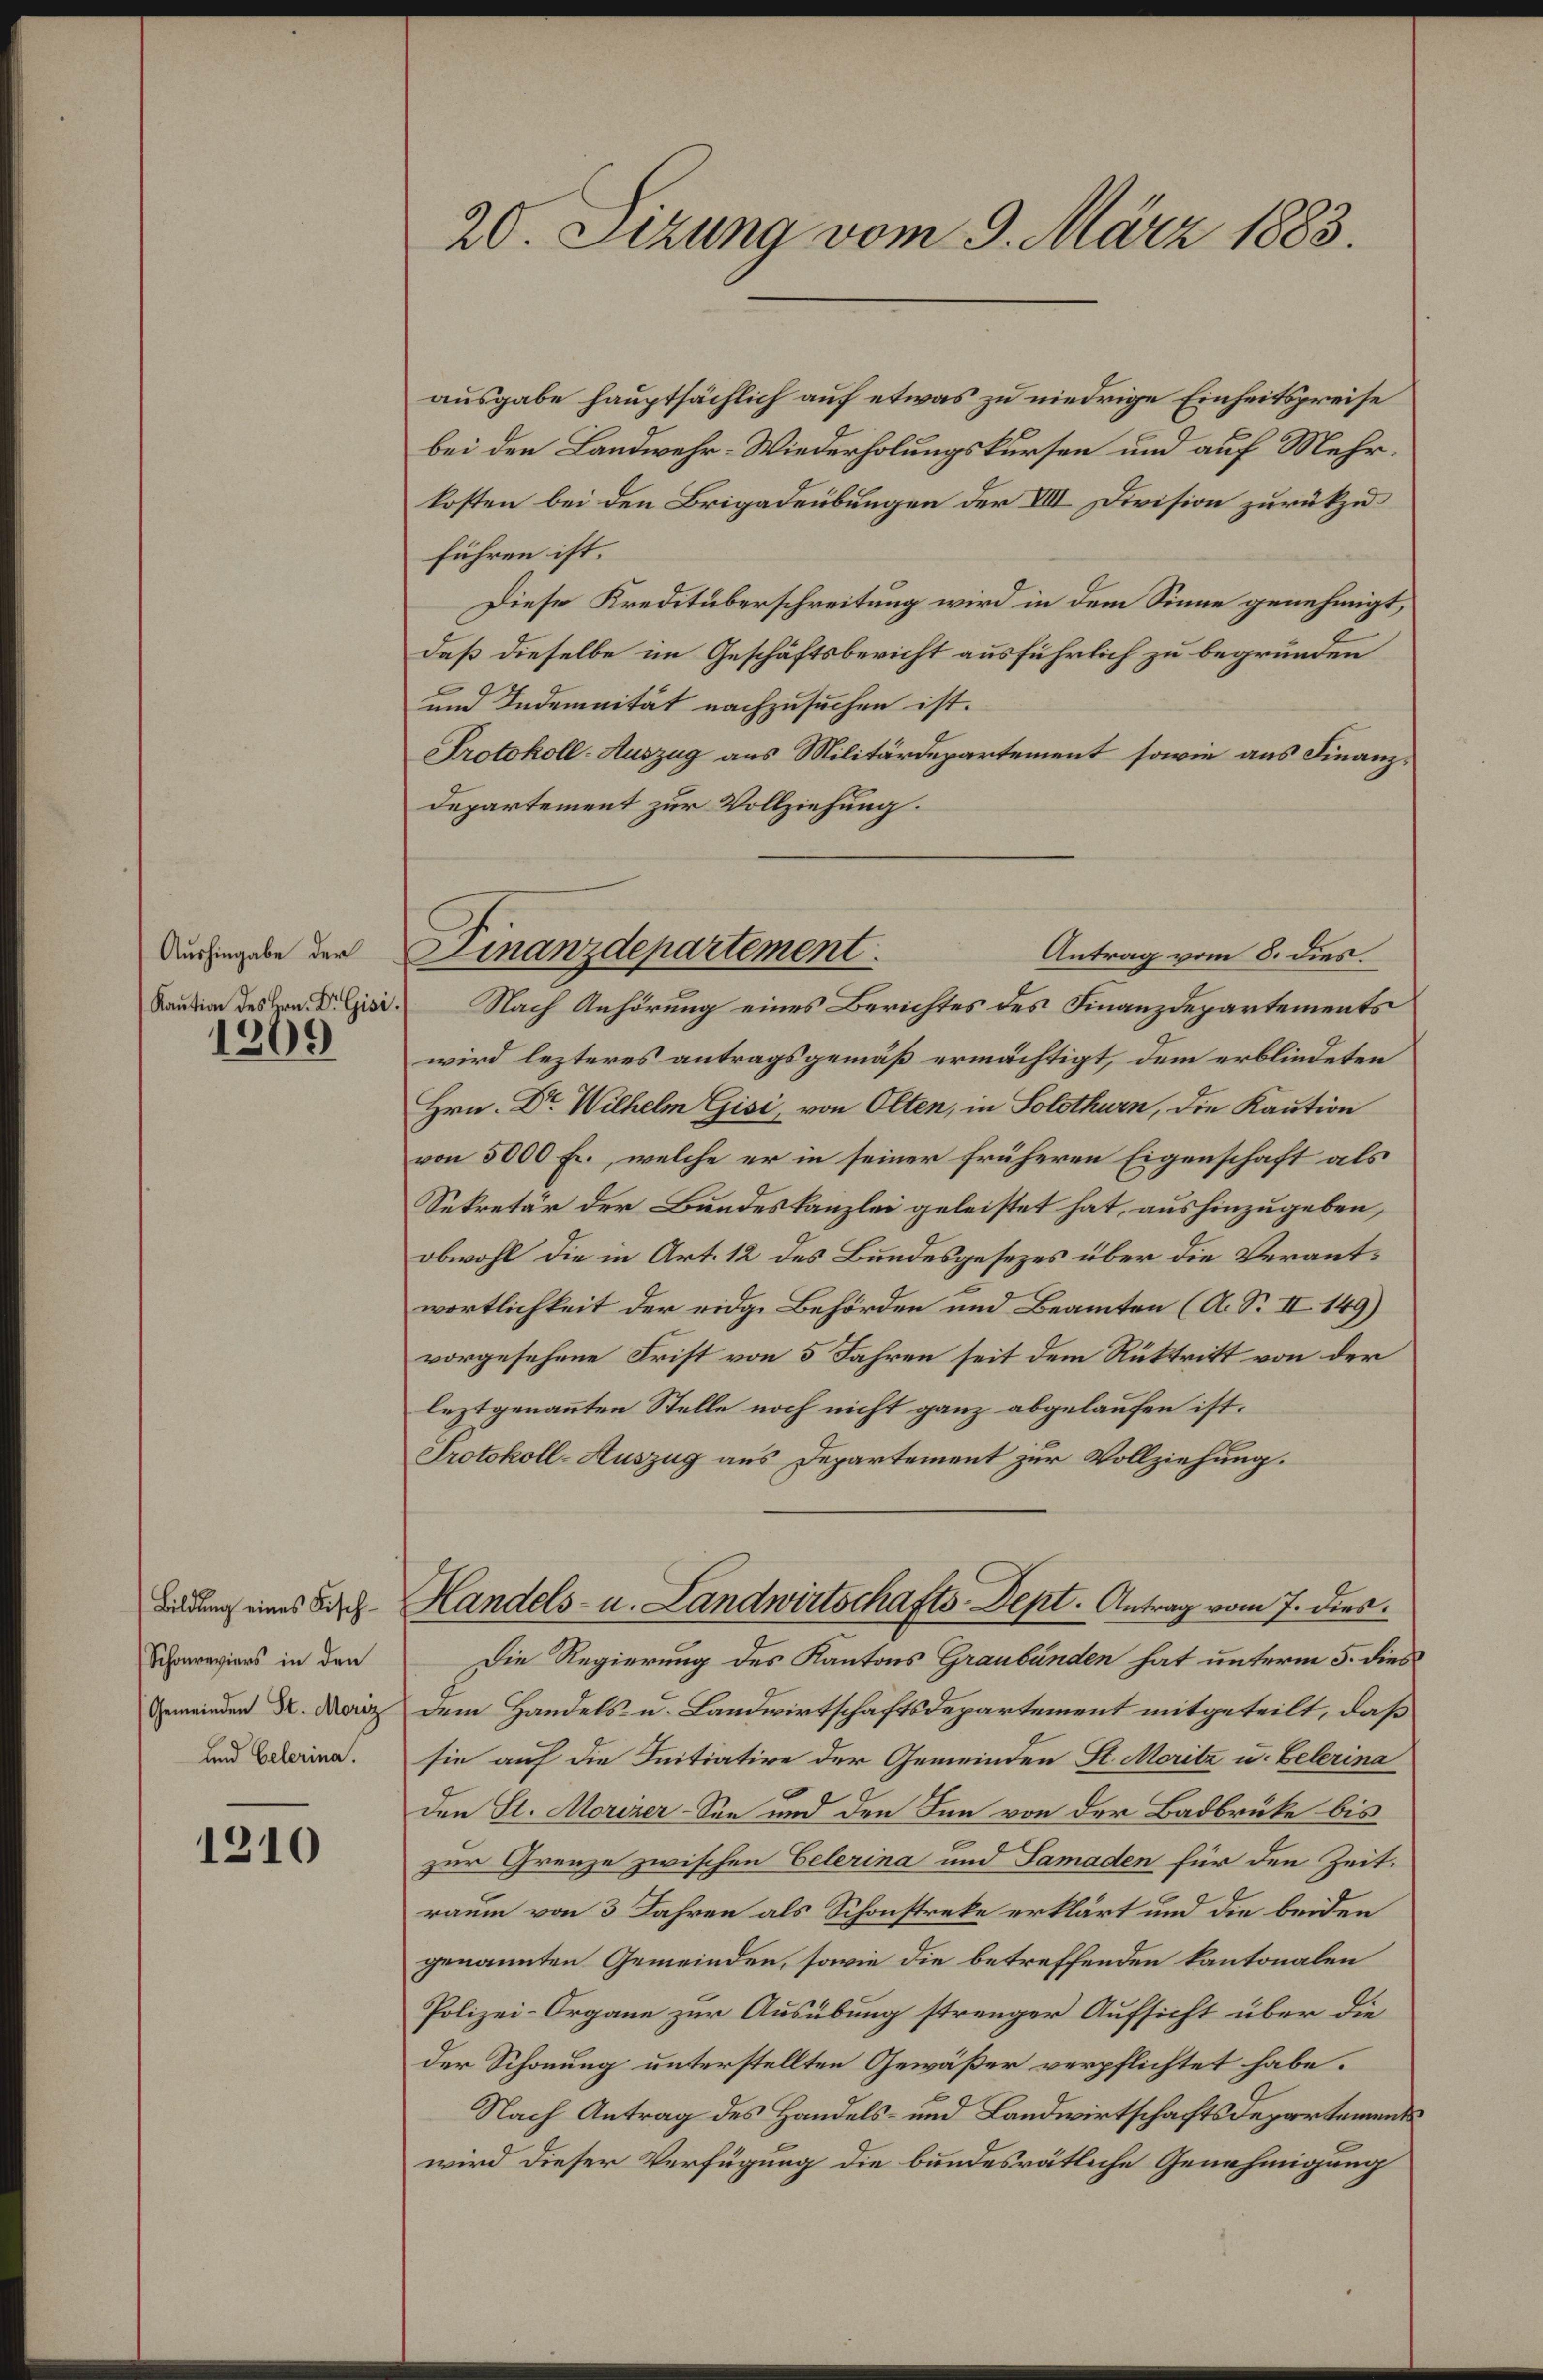
Aushingabe der

1209

Bildung eines Fisch¬
Schonreviers in den
(Gemeinden St. Moriz
und Gelerina.

1210

20. Sezung vom 9. März 1883.

ausgabe hauptsächlich auf etwas zu niedrige Einheitspreise
bei den Landwehr- Wiederholungskursen und auf Mehrkosten bei den Brigadeübungen der VIII. Division zurückzuführen ist.
Diese Kreditüberschreitung wird in dem Sinne genehmigt,
daß dieselbe im Geschäftsbericht ausführlich zu begründen
und Indemnität nachzusuchen ist.
Protokoll-Auszug aus Militärdepartement sowie aus Finanz¬
Departement zur Vollziehung.
Antrag vom 8. dies.
Kaution des Hrn. Dr. Gisi Nach Anhörung eines Berichtes des Finanzdepartements
wird lezteres antragsgemäß ermächtigt, dem erblindeten
Hrn. Dr. Wilhelm Gisi, von Olten, in Solothurn, die Kaution
von 5000 fl., welche er in seiner früheren Eigenschaft als
Sekretär der Bundeskanzlei geleistet hat, aushinzugeben,
obwohl die in Art. 12 des Bundesgesezes über die Verantwortlichkeit der eidge Behörden und Beamten (A. S. II 149)
vorgesehene Frist von 5 Jahren seit dem Rücktritt von der
leztgenannten Stelle noch nicht ganz abgelaufen ist.
Protokoll-Auszug aus Departement zur Vollziehung.
Handels- u. Landwirtschafts-Dept. Antrag vom 7. dies
Die Regierung des Kantons Graubünden hat unterm 5. dies
Dem Handels- u. Landwirtschaftsdepartement mitgeteilt, daß
sie auf die Initiative der Gemeinden St. Moritz u. Belerina
den St. Morizer-See und den Inn von der Badbrücke bis
zur Grenze zwischen Celerina und Samaden für den Zeit.
raum von 3 Jahren als Schonstreke erklärt und die beiden
genannten Gemeinden, sowie die betreffenden kantonalen
Polizei-Organe zur Ausübung strenger Aufsicht über die
der Schonung unterstellten Gewäßer verpflichtet habe.
Nach Antrag des Handels- und Landwirtschaftsdepartements
wird dieser Verfügung die bundesrätliche Genehmigung

Finanzdepartement